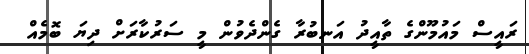
ރައީސް މައުމޫންގެ ތާއީދު އަނބުރާ ގެންދެވުން މީ ސަރުކާރަށް ދިޔަ ބޮމެއް